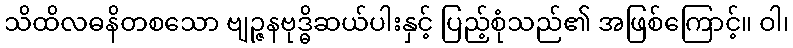
သိထိလဓနိတစသော ဗျဉ္ဇနဗုဒ္ဓိဆယ်ပါးနှင့် ပြည့်စုံသည်၏ အဖြစ်ကြောင့်။ ဝါ၊